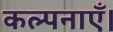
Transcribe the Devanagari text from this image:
कल्पनाएँ।